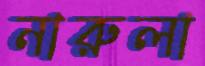
নারুলা